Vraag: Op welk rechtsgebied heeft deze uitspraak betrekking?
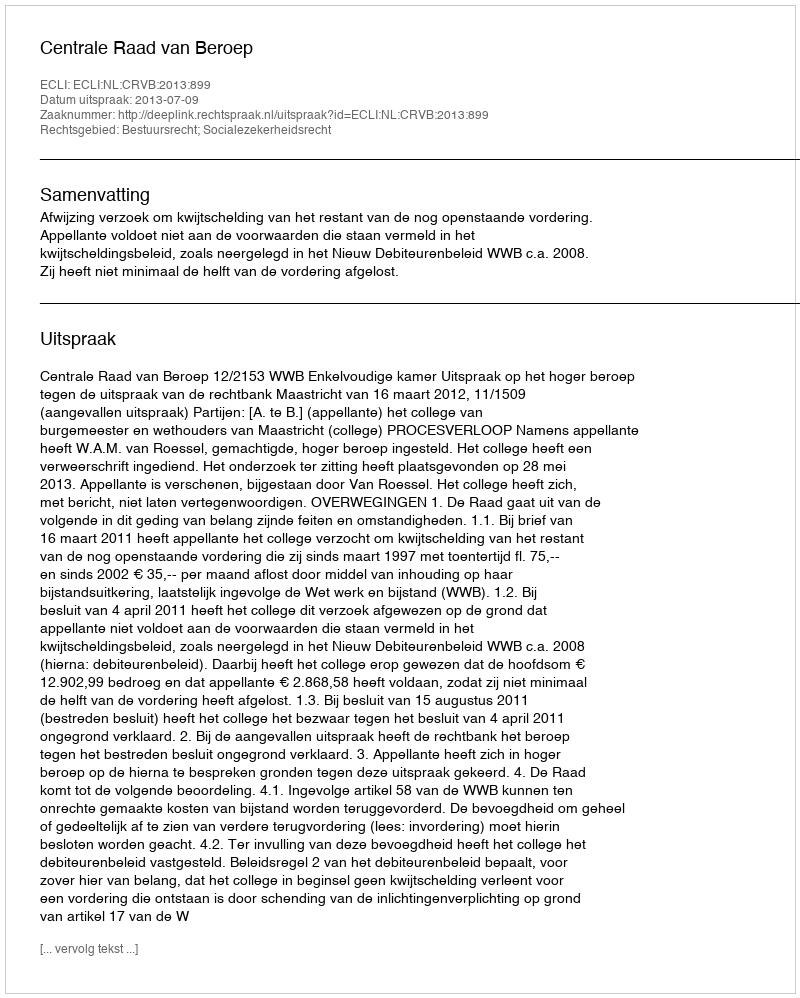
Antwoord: Bestuursrecht; Socialezekerheidsrecht